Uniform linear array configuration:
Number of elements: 64
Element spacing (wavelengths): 0.75
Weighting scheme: binomial
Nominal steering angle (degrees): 60
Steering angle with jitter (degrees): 59.515
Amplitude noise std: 0.05
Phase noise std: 0.05

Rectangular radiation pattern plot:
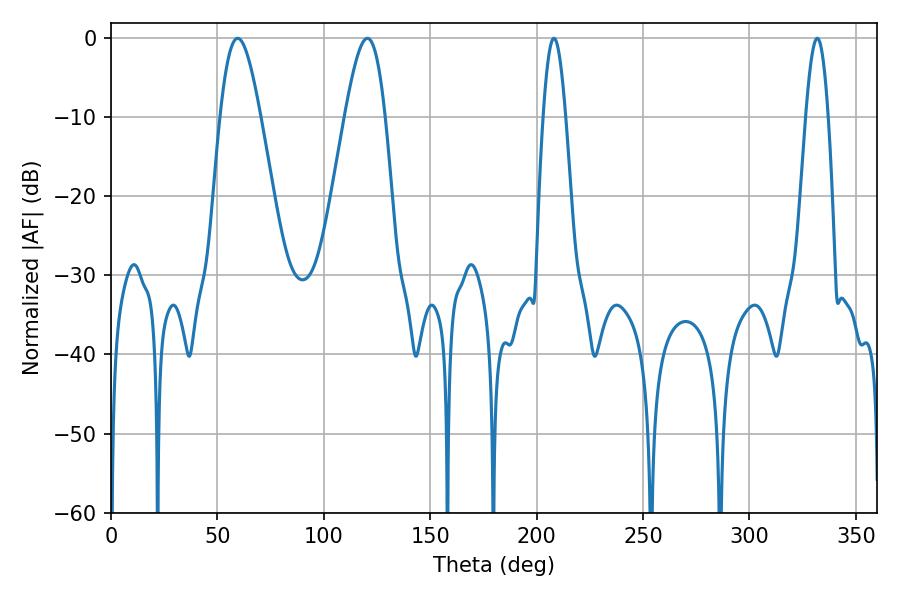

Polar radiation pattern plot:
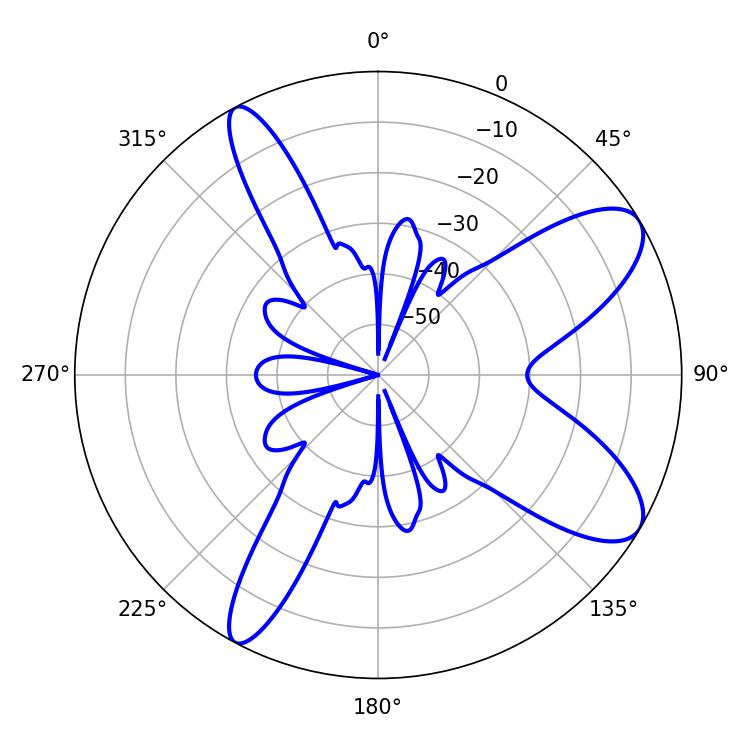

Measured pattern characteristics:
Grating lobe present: TRUE
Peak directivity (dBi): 9.311
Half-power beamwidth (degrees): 10.08
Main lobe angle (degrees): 120.42